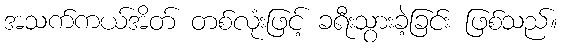
အသက်ကယ်အိတ် တစ်လုံးဖြင့် ခရီးသွားခဲ့ခြင်း ဖြစ်သည်။